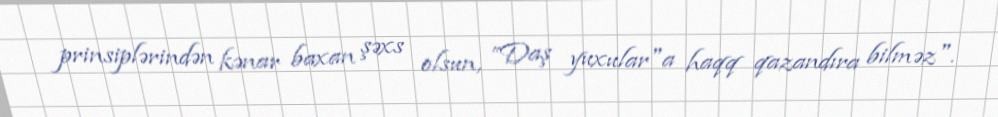
prinsiplərindən kənar baxan şəxs olsun, ”Daş yuxular"a haqq qazandıra bilməz".